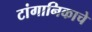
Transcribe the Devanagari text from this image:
टांगानिकाचे